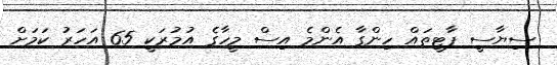
ސިޔާސީ ޕާޓީތައް ހިންގާ އެންމެ އިސް މީހާގެ އުމުރަކީ 65 އަހަރު ކަމަށް